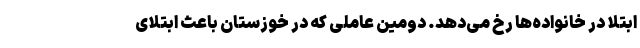
ابتلا در خانواده‌ها رخ می‌دهد. دومین عاملی که در خوزستان باعث ابتلای